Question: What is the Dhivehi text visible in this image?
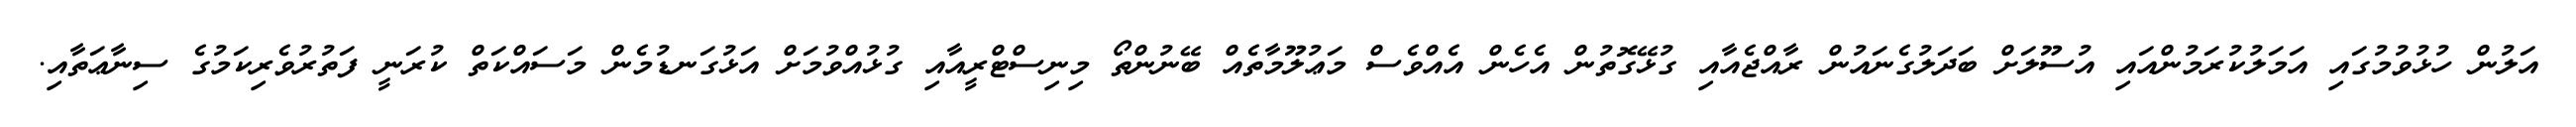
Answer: އަލުން ހުޅުވުމުގައި އަމަލުކުރަމުންއައި އުސޫލަށް ބަދަލުގެނައުން ރާއްޖެއާއި ގުޅޭގޮތުން އެހެން އެއްވެސް މަޢުލޫމާތެއް ބޭނުންތޯ މިނިސްޓްރީއާއި ގުޅުއްވުމަށް އަޅުގަނޑުމެން މަސައްކަތް ކުރަނީ ފަތުރުވެރިކަމުގެ ސިނާޢަތާއި.